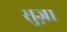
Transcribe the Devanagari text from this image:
सुज़ा